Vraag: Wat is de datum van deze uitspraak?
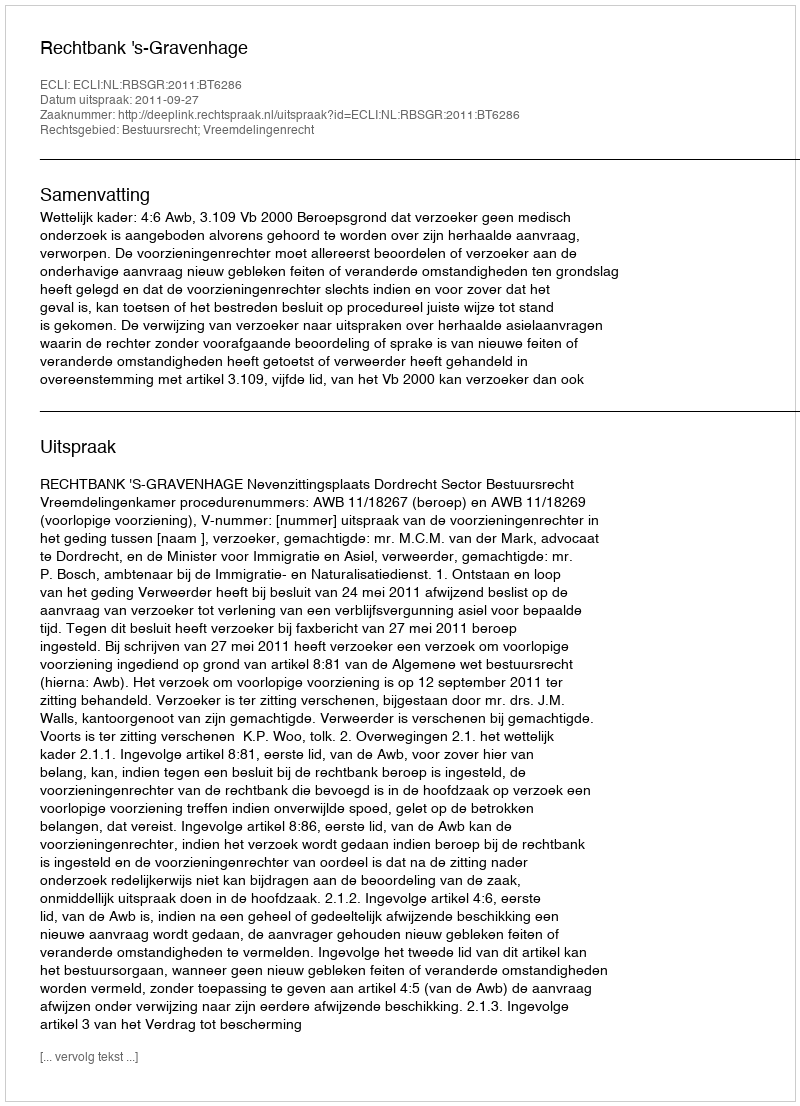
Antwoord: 2011-09-27